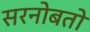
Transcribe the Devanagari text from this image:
सरनोबतो